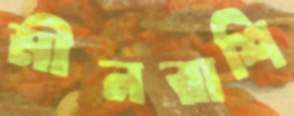
মীনরাশি